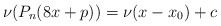
\begin{align*}\nu(P_n(8x+p))=\nu(x-x_0)+c\end{align*}